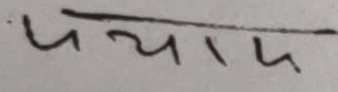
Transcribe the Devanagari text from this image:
पर्याय